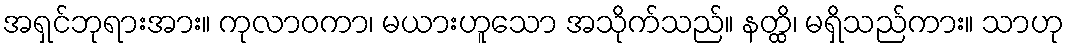
အရှင်ဘုရားအား။ ကုလာဝကာ၊ မယားဟူသော အသိုက်သည်။ နတ္ထိ၊ မရှိသည်ကား။ သာဟု